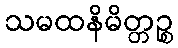
သမထနိမိတ္တဉ္စ